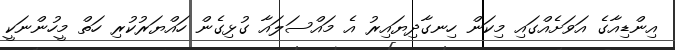
އިންޑިއާގެ އަވަށެއްގައި މިކަން ހިނގާދިޔައިރު އެ މައްސަލައާ ގުޅިގެން ހައްޔަރުކުރި ހަތް މީހުންނަކީ